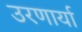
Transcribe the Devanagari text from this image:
उरणार्या